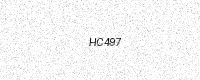
Text: HC497